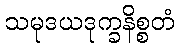
သမုဒယဒုက္ခနိစ္စတံ